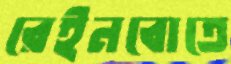
রেইনবোতে